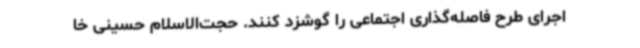
اجرای طرح فاصله‌گذاری اجتماعی را گوشزد کنند. حجت‌الاسلام حسینی خا